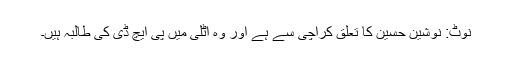
نوٹ: نوشین حسین کا تعلق کراچی سے ہے اور وہ اٹلی میں پی ایچ ڈی کی طالبہ ہیں۔